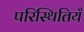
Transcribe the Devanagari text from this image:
परिस्थितियँ